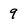
Character: 9